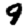
Digit: 9